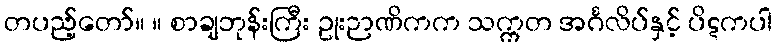
တပည့်တော်။ ။ စာချဘုန်းကြီး ဥုးဉာဏိကက သက္ကတ အင်္ဂလိပ်နှင့် ပိဋကပါ